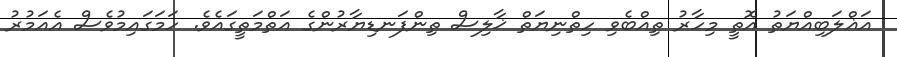
އަޣްލަބިއްޔަތު އޮތީ މިހާރު ތިއްބެވި ހިތްނިޔަތް ޚާލިސް ތިންފަނޑިޔާރުންގެ އަތްމަތީގައެވެ. ހަމަގައިމުވެސް އެއަމުރު